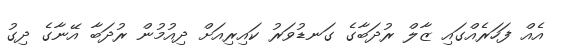
އެއް ފަހަރެއްގައި ޒާލް ރުދަބާގެ ގަނޑުވަރު ކައިރިއަށް ދިއުމުން ރުދަބާ އޭނާގެ ދިގު